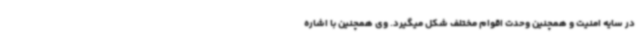
در سایه امنیت و همچنین وحدت اقوام مختلف شکل میگیرد. وی همچنین با اشاره